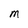
Character: M